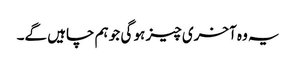
یہ وہ آخری چیز ہو گی جو ہم چاہیں گے۔